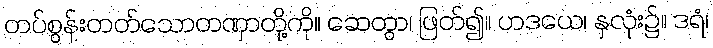
တပ်စွန်းတတ်သောတဏှာတို့ကို။ ဆေတွာ၊ ဖြတ်၍။ ဟဒယေ၊ နှလုံး၌။ ဒရံ၊